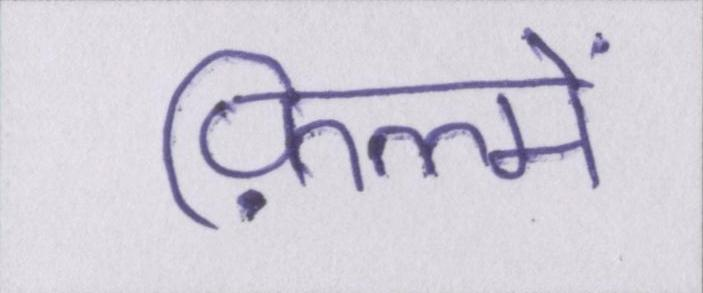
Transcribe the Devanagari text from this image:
फ़िल्में